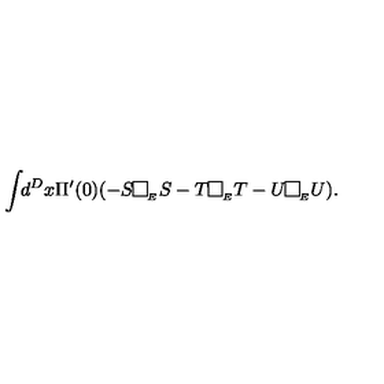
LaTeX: \int \! \! d ^ { D } x \Pi ^ { \prime } ( 0 ) ( - S \framebox ( 7 , 7 ) { } _ { _ { E } } S - T \framebox ( 7 , 7 ) { } _ { _ { E } } T - U \framebox ( 7 , 7 ) { } _ { _ { E } } U ) .